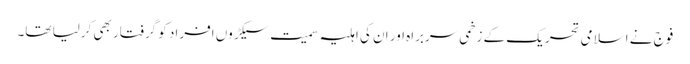
فوج نے اسلامی تحریک کے زخمی سربراہ اور ان کی اہلیہ سمیت سیکڑوں افراد کو گرفتار بھی کرلیا تھا۔